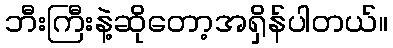
ဘီးကြီးနဲ့ဆိုတော့အရှိန်ပါတယ်။